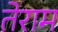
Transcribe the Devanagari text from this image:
तेराम